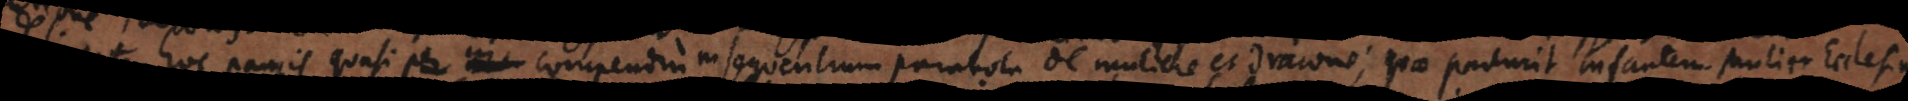
hoc paucis quasi in compendium in sequentium parabola de muliere et dracone, quae producit infantem